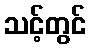
သင့်တွင်